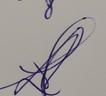
Signature authenticity: genuine